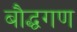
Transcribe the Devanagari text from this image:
बौद्धगण